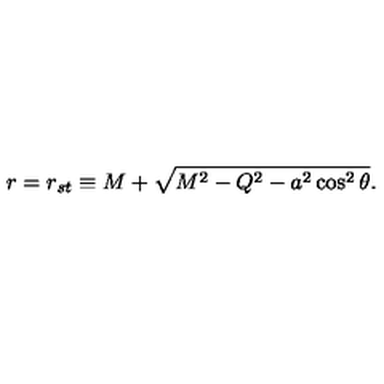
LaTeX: r = r _ { s t } \equiv M + \sqrt { M ^ { 2 } - Q ^ { 2 } - a ^ { 2 } \cos ^ { 2 } \theta } .